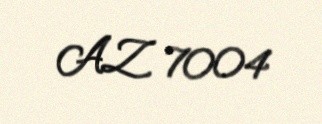
AZ 7004